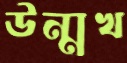
উন্মুখ